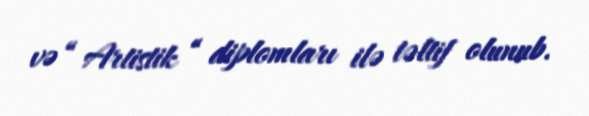
və “ Artistik “ diplomları ilə təltif olunub.